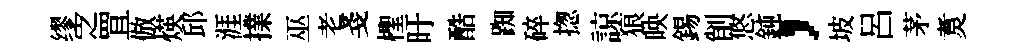
缪㝎罝倣煐邱涯擈巫老戔檉旴酷踟碎揔諒狼映錫削悠鈍，坡呂茅煑